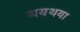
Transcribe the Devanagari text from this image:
थयथया